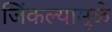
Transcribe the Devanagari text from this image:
जिंकल्यामूळे